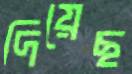
দিয়েছ